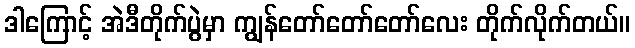
ဒါကြောင့် အဲဒီတိုက်ပွဲမှာ ကျွန်တော်တော်တော်လေး တိုက်လိုက်တယ်။